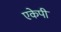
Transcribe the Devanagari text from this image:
एकेपी